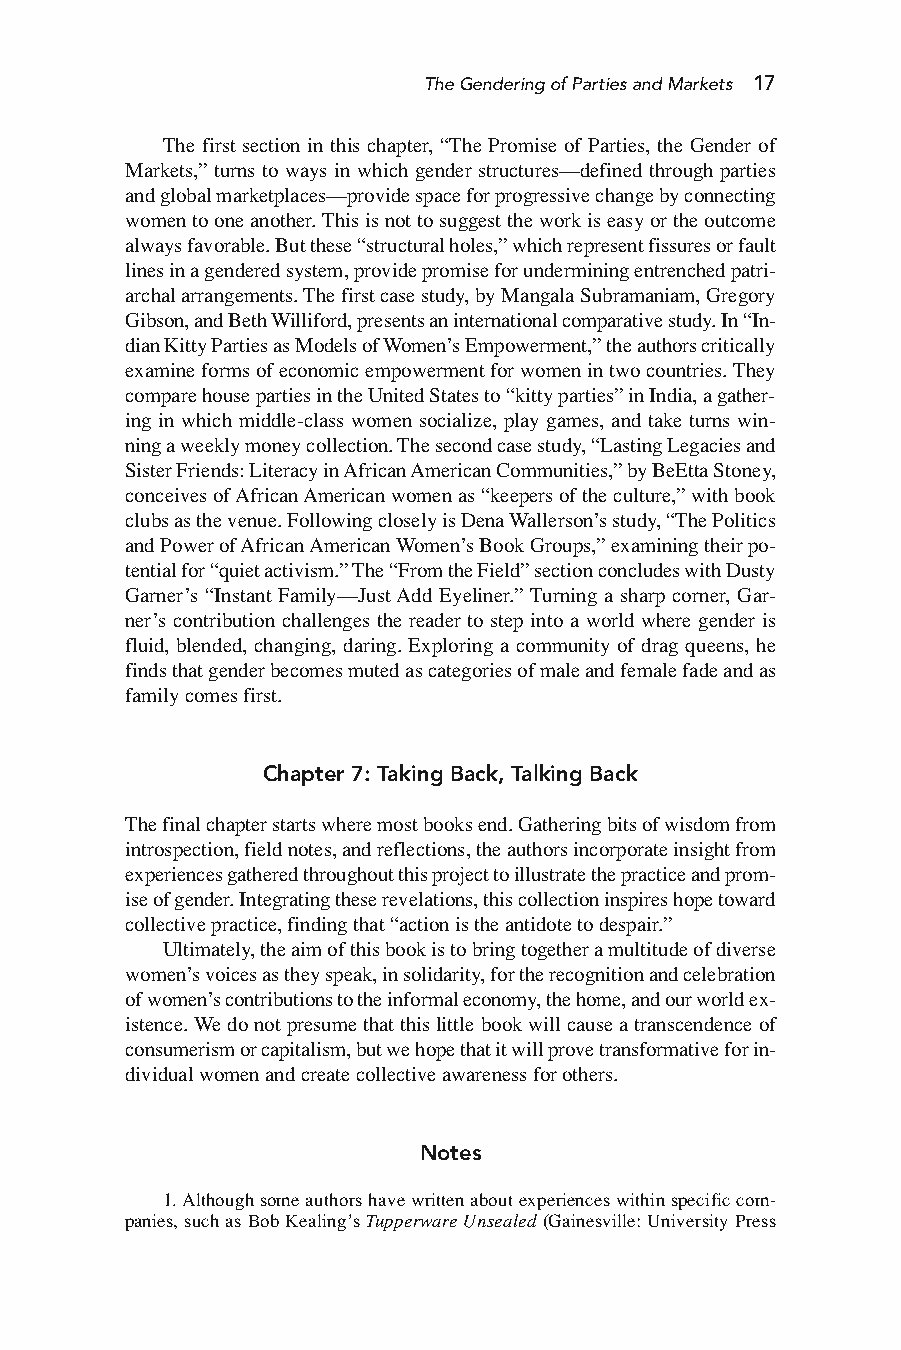
TheGenderingofPartiesandMarkets 17
 The first section in this chapter, “The Promise of Parties, the Gender of
 Markets,” turns to ways in which gender structures—defined through parties
 andglobalmarketplaces—providespaceforprogressivechangebyconnecting
 womentooneanother.Thisisnottosuggesttheworkiseasyortheoutcome
 alwaysfavorable.Butthese“structuralholes,”whichrepresentfissuresorfault
 linesinagenderedsystem,providepromiseforunderminingentrenchedpatri-
 archalarrangements.Thefirstcasestudy,byMangalaSubramaniam,Gregory
 Gibson,andBethWilliford,presentsaninternationalcomparativestudy.In“In-
 dianKittyPartiesasModelsofWomen’sEmpowerment,”theauthorscritically
 examineformsofeconomicempowermentforwomenintwocountries.They
 comparehousepartiesintheUnitedStatesto“kittyparties”inIndia,agather-
 ing in which middle-class women socialize, play games, and take turns win-
 ningaweeklymoneycollection.Thesecondcasestudy,“LastingLegaciesand
 SisterFriends:LiteracyinAfricanAmericanCommunities,”byBeEttaStoney,
 conceivesofAfricanAmericanwomenas“keepersoftheculture,”withbook
 clubsasthevenue.FollowingcloselyisDenaWallerson’sstudy,“ThePolitics
 andPowerofAfricanAmericanWomen’sBookGroups,”examiningtheirpo-
 tentialfor“quietactivism.”The“FromtheField”sectionconcludeswithDusty
 Garner’s “Instant Family—JustAdd Eyeliner.”Turning a sharp corner, Gar-
 ner’s contribution challenges the reader to step into a world where gender is
 fluid, blended, changing, daring. Exploring a community of drag queens, he
 findsthatgenderbecomesmutedascategoriesofmaleandfemalefadeandas
 familycomesfirst.
 Chapter 7: Taking Back, Talking Back
 Thefinalchapterstartswheremostbooksend.Gatheringbitsofwisdomfrom
 introspection,fieldnotes,andreflections,theauthorsincorporateinsightfrom
 experiencesgatheredthroughoutthisprojecttoillustratethepracticeandprom-
 iseofgender.Integratingtheserevelations,thiscollectioninspireshopetoward
 collectivepractice,findingthat“actionistheantidotetodespair.”
 Ultimately,theaimofthisbookistobringtogetheramultitudeofdiverse
 women’svoicesastheyspeak,insolidarity,fortherecognitionandcelebration
 ofwomen’scontributionstotheinformaleconomy,thehome,andourworldex-
 istence.Wedonotpresumethatthislittlebookwillcauseatranscendenceof
 consumerismorcapitalism,butwehopethatitwillprovetransformativeforin-
 dividualwomenandcreatecollectiveawarenessforothers.
 Notes
 1.Althoughsomeauthorshavewrittenaboutexperienceswithinspecificcom-
 panies,suchasBobKealing’sTupperwareUnsealed(Gainesville:UniversityPress